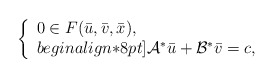
\begin{align*}\left\{\begin{array}{ll}0\in F(\bar{u},\bar{v},\bar{x}),\\begin{align*}8pt]\mathcal{A}^*\bar{u} + \mathcal{B}^*\bar{v} = c,\end{array}\right.\end{align*}